Mustjala_vallavalitsus, lk 11
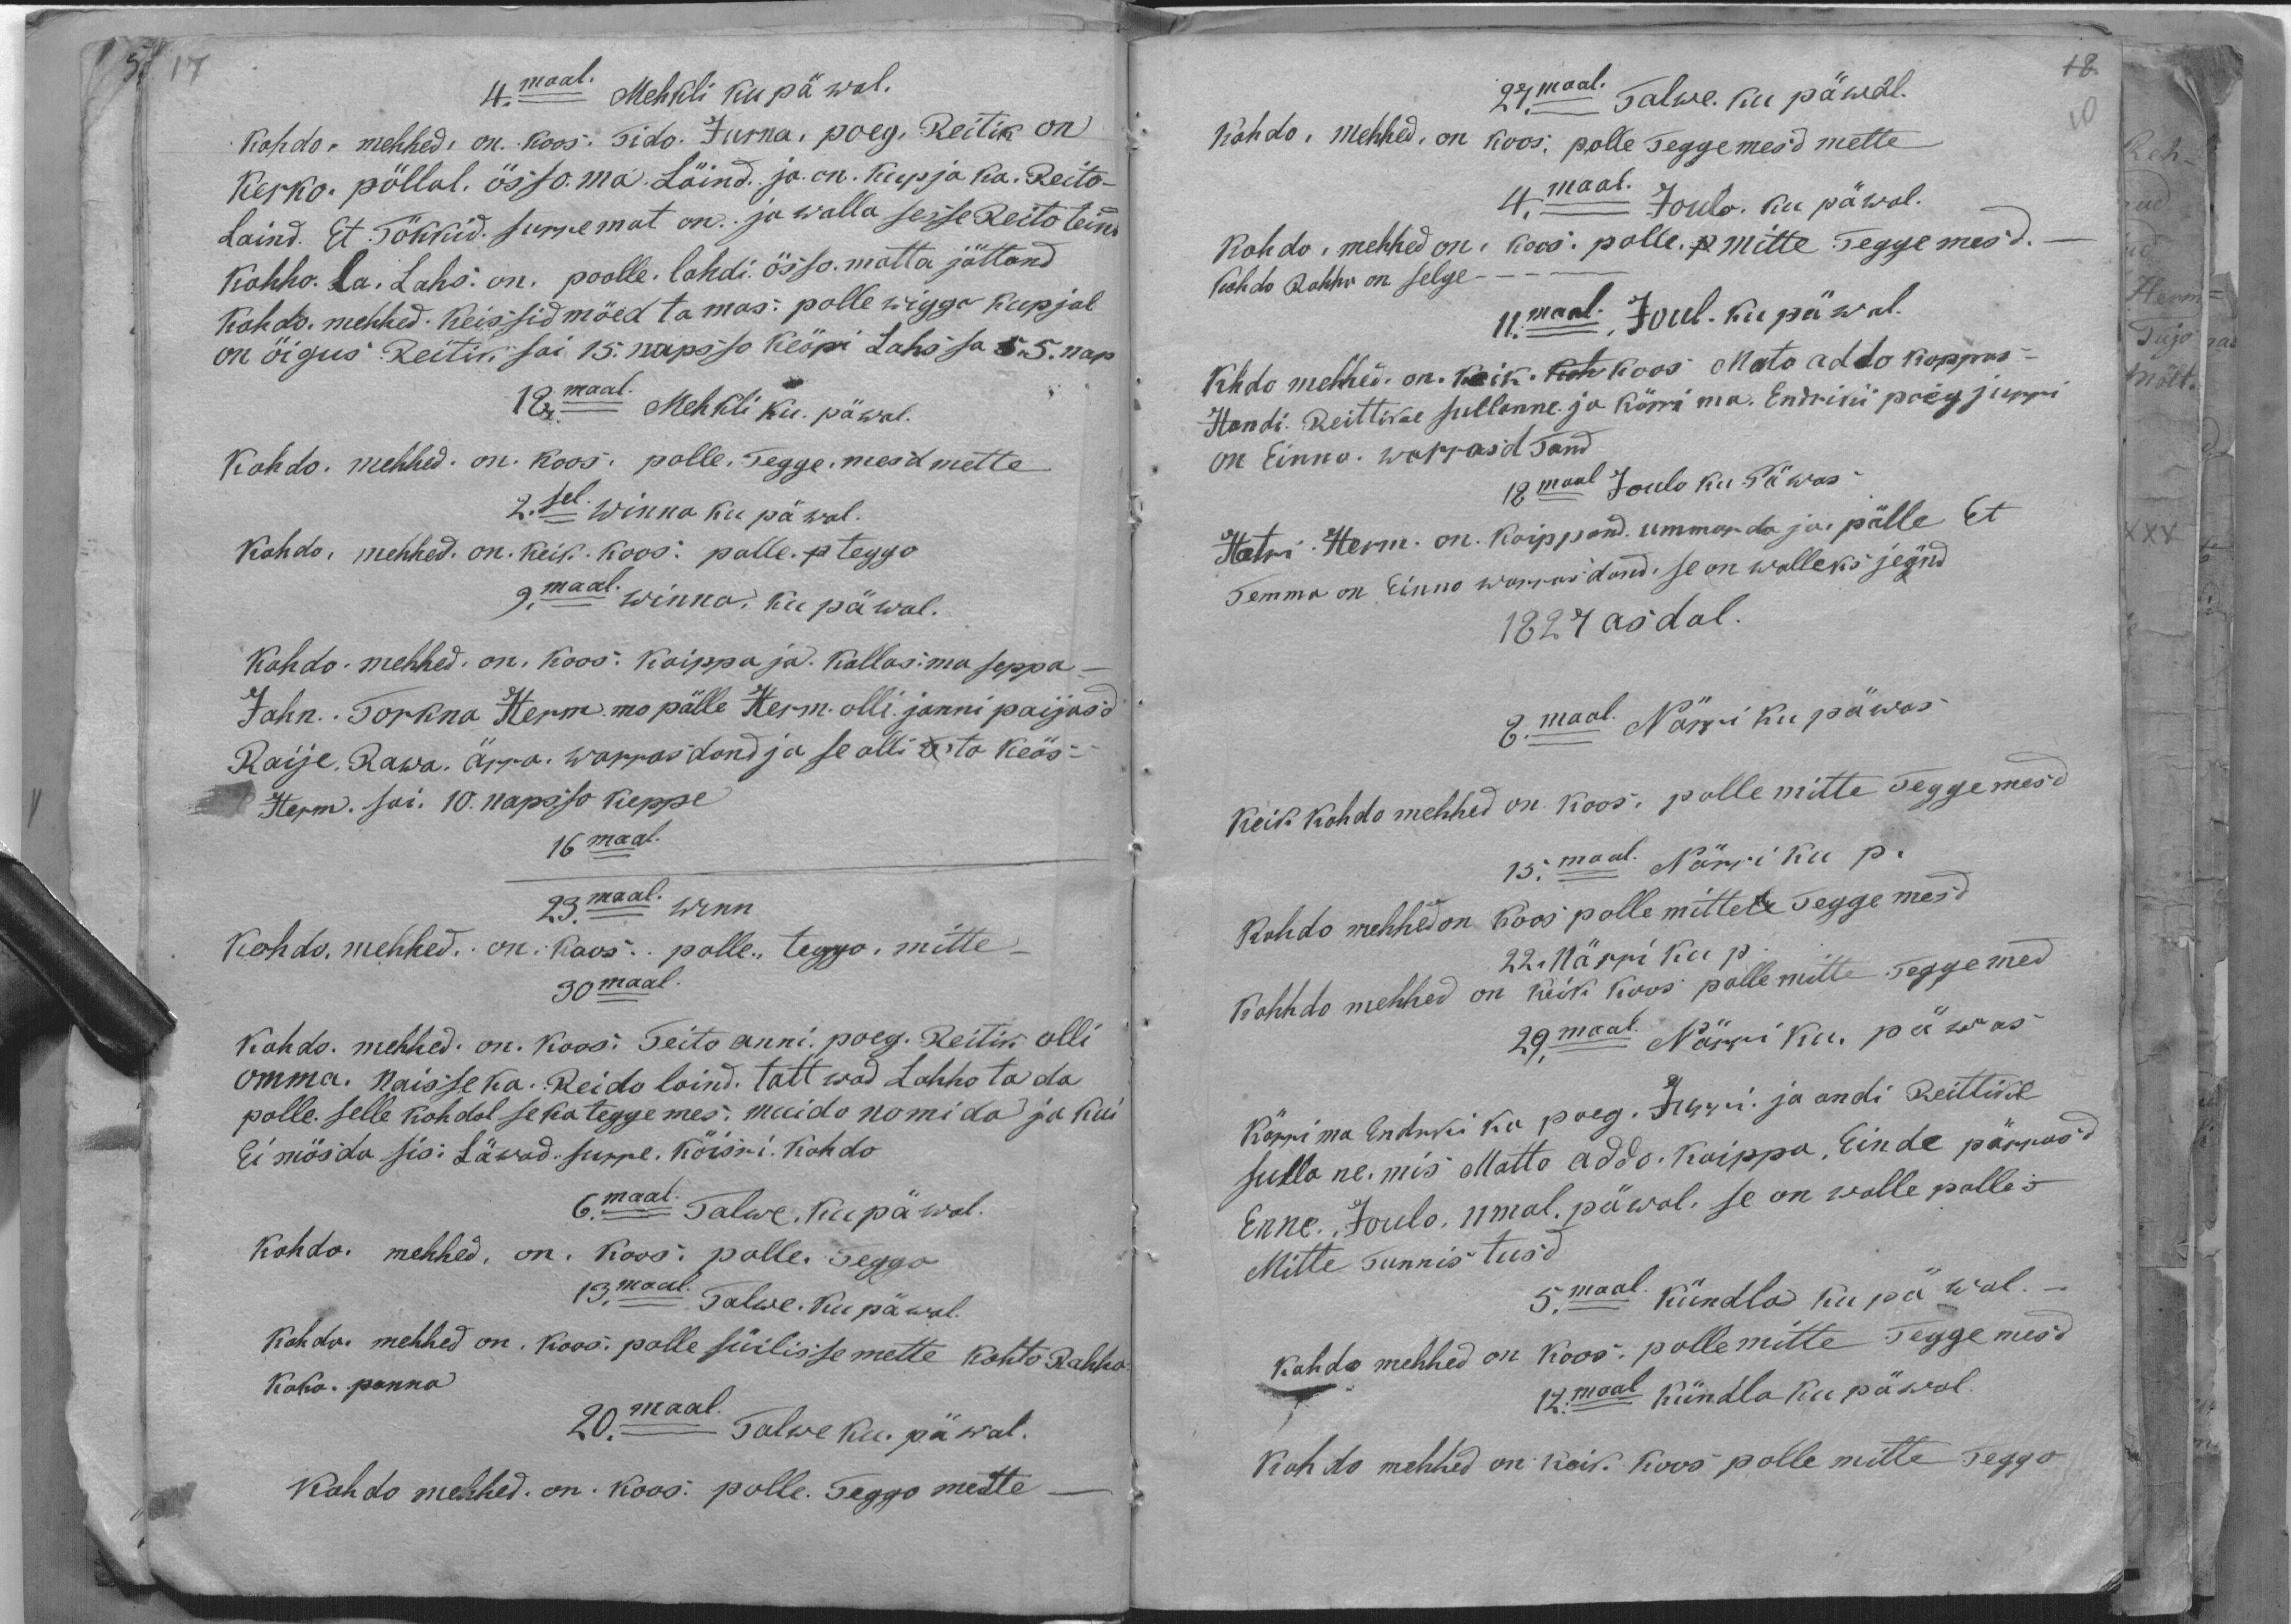
4.maal Mehkli ku päwal.
Kohdo mehhed, on. koos. Tido. Jurna, poeg. Reitik on
Kerko. pöllol. össoma. Läind. ja on. Kupja ka Reito-
Laind. Et Tökkid, surremat on: ja walla sesse Reito teind
Kohhola, Lahs on. poolle, lahdi össomatta jättand
Kohdo. mehhed: Keissid möedtamas: polle wigga kupjal
on öigus Reitik sai 15.napsso Keäpi Lahs sa 5. nap.
18.maal Mehkli ku. päwal.
Kohdo mehhed - on. koos: polle. Teggemesd mette
2.sel winna ku päwal.
Kohdo, mehhed on. keik. koos: polle.teggo
9. maal. winna. ku päwal.
Kohdo-mehhed. on. Koos: Kaippaja. Kallasma seppa-
Jahn. Torkna Hermmo pälle Herm. olli janni paijasd
Raije. Rawa. ärra. warrasdand ja se olli ta keäs-
Herm. sai. 10. napsso keppe.
16maal.
23.maal. winn.
Kohdo mehhed on: koos - polle teggo, mitte
30maal.
kohdo mehhed on. Koos: Teito anni poeg. Reitik olli
omma. naisseka. Reido loind. Tattwad Lahhotada
polle. Selle kohdal se ka teggemes: Muido nomida ja kui
Ei mösda sis: Läwad. surre. Köisri. Kohdo
6.maal Talwe, ku päwal.
Kohdo mehhed, on. Koos polle. Teggo
13.maal Talwe Ku päwal.
Kohdo mehhed on. Koos polle süilisse mette kohto Rahho
Koho. panna
20.maal. Talwe ku. päwal.
Kohto mehhed. on: koos: polle. Teggo mette-

27.maal Talwe. kui päwal.
kohdo. mehhed on koos; polle Teggemesd mette
4.maal Joulo ku päwal.
Kohdo, mehhed on: koos; polle. mitte. Teggemesd.
Tohdo Rohha on selge
11.maal, Jõul. ku päwal.
Khdo mehhed on. Keik.  koos, Mato addo koppas-
Handi Reittikse sullanne ja körrima. Endriki poeg Jurri
on Einno. warrastand
18maal Joulo ku Päwas
Hatri: Herm. on. Kaippand. ummardaja pälle Et
Temma on Einno warrasdand se on walleks jeänd
1827 asdal.
8.maal. Närri ku päwas
Keik kohdo mehhed on koos polle mitte Teggemesd
15.maal. Närri ku p.
Kohdo mehhed on koos polle mitte Teggemesd
22. Närri ku p.
Kohhdo mehhed on keik koos polle mitte Teggemed
29.maal. Närri ku. päwas
Kõrrima Endrkiku poeg. Jurri. ja andi Reittik
sullane. mis Matto Addo. Kaippa. Einde pärrasd
Enne. Joulo, 11mal. päwal, se on walle palles
Mitte Tunnistusd
5.maal kündla ku päwal.
kohda mehhed on koos. polle mitte Teggemesd
12.maal Kündla ku päwal.
Kohto mehhed on kõik. Koos polle mitte Teggo